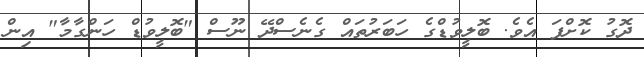
ދޮގު ކޮށްފަ އެވެ. ބޮލީވުޑްގެ ހަބަރުތައް ގެނެސްދޭ ނޫސް "ބޮލީވުޑް ހަންގާމާ" އިން